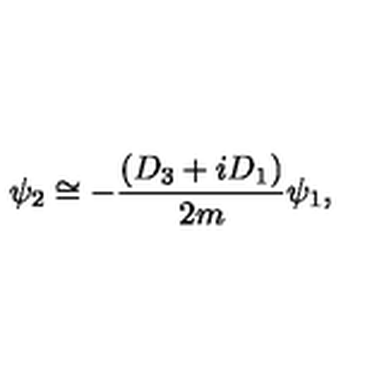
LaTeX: \psi _ { 2 } \cong - \frac { ( D _ { 3 } + i D _ { 1 } ) } { 2 m } \psi _ { 1 } ,